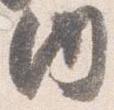
内